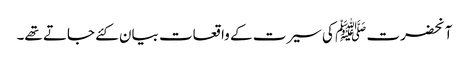
آنحضرت ﷺ کی سیرت کے واقعات بیان کئے جاتے تھے۔